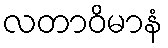
လတာဝိမာနံ